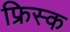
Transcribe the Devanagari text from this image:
फ्रिस्क